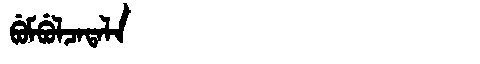
Manchu: ᠪᡠᠮᠪᡠᠯᠴᠠᡨᠠᠯᠠ
Romanization: BUMBULCATALA